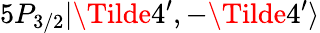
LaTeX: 5P_{3/2}|\Tilde{4}^{\prime},-\Tilde{4}^{\prime}\rangle